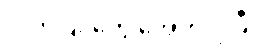
လက်ပြင်တွေ အောင့်လှပြီ။